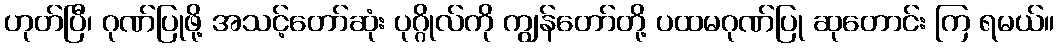
ဟုတ်ပြီ၊ ဂုဏ်ပြုဖို့ အသင့်တော်ဆုံး ပုဂ္ဂိုလ်ကို ကျွန်တော်တို့ ပထမဂုဏ်ပြု ဆုတောင်း ကြ ရမယ်။